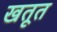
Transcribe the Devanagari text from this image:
खतूत